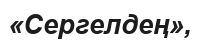
«Сергелдең»,